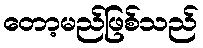
တော့မည်ဖြစ်သည်